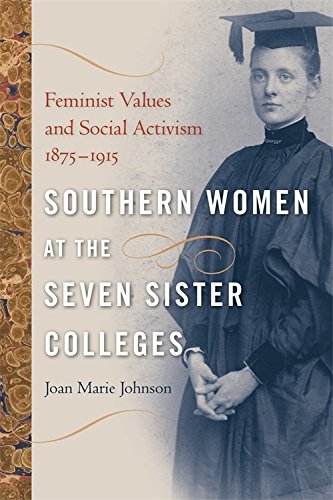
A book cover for Southern Women at the Seven Sister Colleges: Feminist Values and Social Activism, 1875-1915; Joan Johnson; Gay & Lesbian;